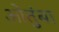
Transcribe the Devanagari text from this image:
ओतुंबा